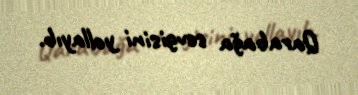
Qarabağa sevgisini yollayıb.